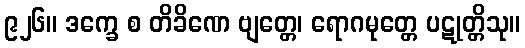
၉၂၆။ ဒက္ခေ စ တိခိဏေ ဗျတ္တေ၊ ရောဂမုတ္တေ ပဋုတ္တိသု။